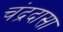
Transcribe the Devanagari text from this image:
चंद्रदासा